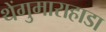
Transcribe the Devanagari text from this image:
थेंगुमाराहाडा